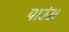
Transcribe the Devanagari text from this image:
पाऊं।।